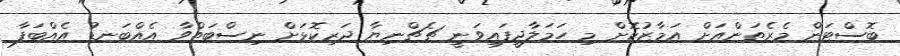
ބޮސްޓަން މެރެތަންއަށް އަމާޒުކޮށް މި ހަމަލާދީފައިވަނީ ޗެޗްނިޔާ ދަރިކޮޅަށް ނިސްބަތްވާ އެއްބަނޑު އެއްބަފާ